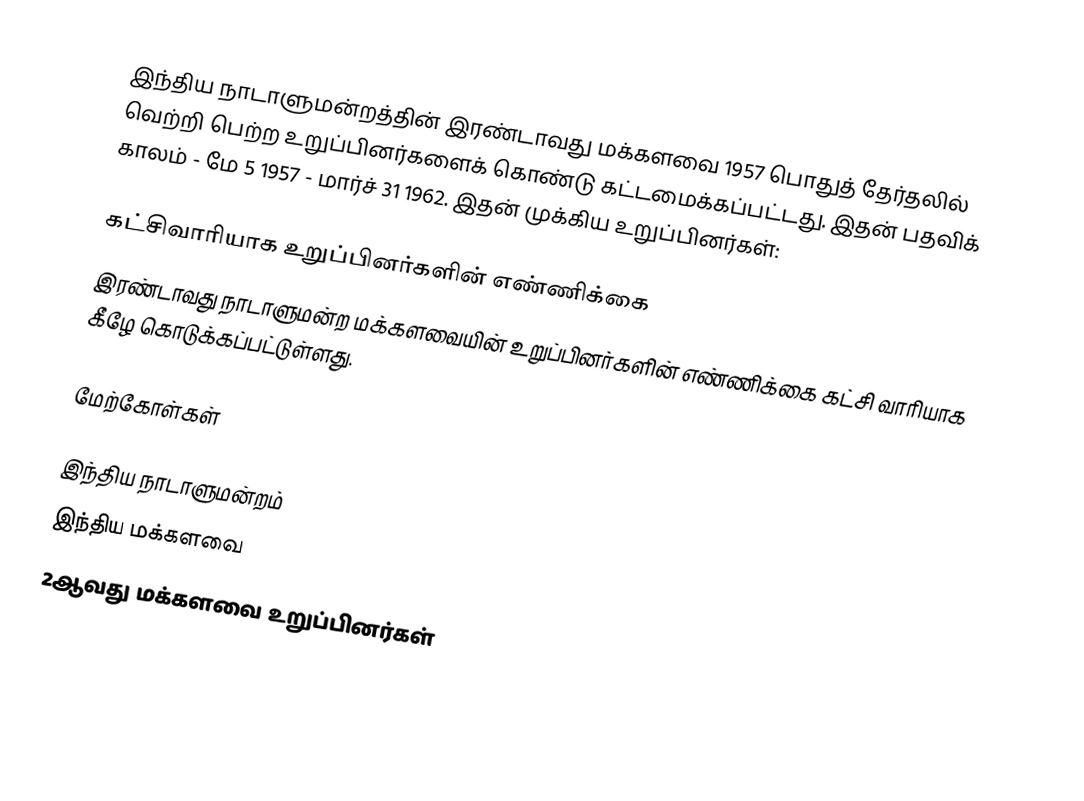
இந்திய நாடாளுமன்றத்தின் இரண்டாவது மக்களவை 1957 பொதுத் தேர்தலில் வெற்றி பெற்ற உறுப்பினர்களைக் கொண்டு கட்டமைக்கப்பட்டது. இதன் பதவிக் காலம் - மே 5 1957 - மார்ச் 31 1962. இதன் முக்கிய உறுப்பினர்கள்:

கட்சிவாரியாக உறுப்பினர்களின் எண்ணிக்கை
இரண்டாவது நாடாளுமன்ற மக்களவையின் உறுப்பினர்களின் எண்ணிக்கை கட்சி வாரியாக கீழே கொடுக்கப்பட்டுள்ளது.

மேற்கோள்கள்

இந்திய நாடாளுமன்றம்
இந்திய மக்களவை
2ஆவது மக்களவை உறுப்பினர்கள்